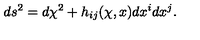
d s ^ { 2 } = d \chi ^ { 2 } + h _ { i j } ( \chi , x ) d x ^ { i } d x ^ { j } .